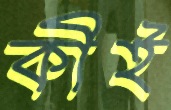
কীই